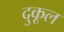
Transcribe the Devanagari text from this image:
दुकूल